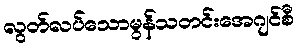
လွတ်လပ်သောမွန်သတင်းအေဂျင်စီ